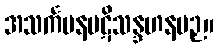
အသင်္ကမနပဋိသန္ဒဟနပဉှ။